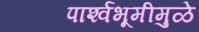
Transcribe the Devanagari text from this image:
पार्श्‍वभूमीमुळे